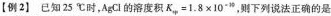
【例2】已知25℃时，Agl的溶度积K。=$$1.8\times10，则下列说法正确的是 ()